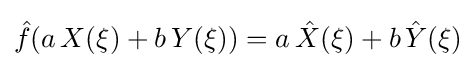
{\hat {f}}(a\,X(\xi )+b\,Y(\xi ))=a\,{\hat {X}}(\xi )+b\,{\hat {Y}}(\xi )